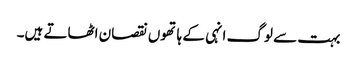
بہت سے لوگ انہی کے ہاتھوں نقصان اٹھاتے ہیں۔